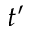
t ^ { \prime }